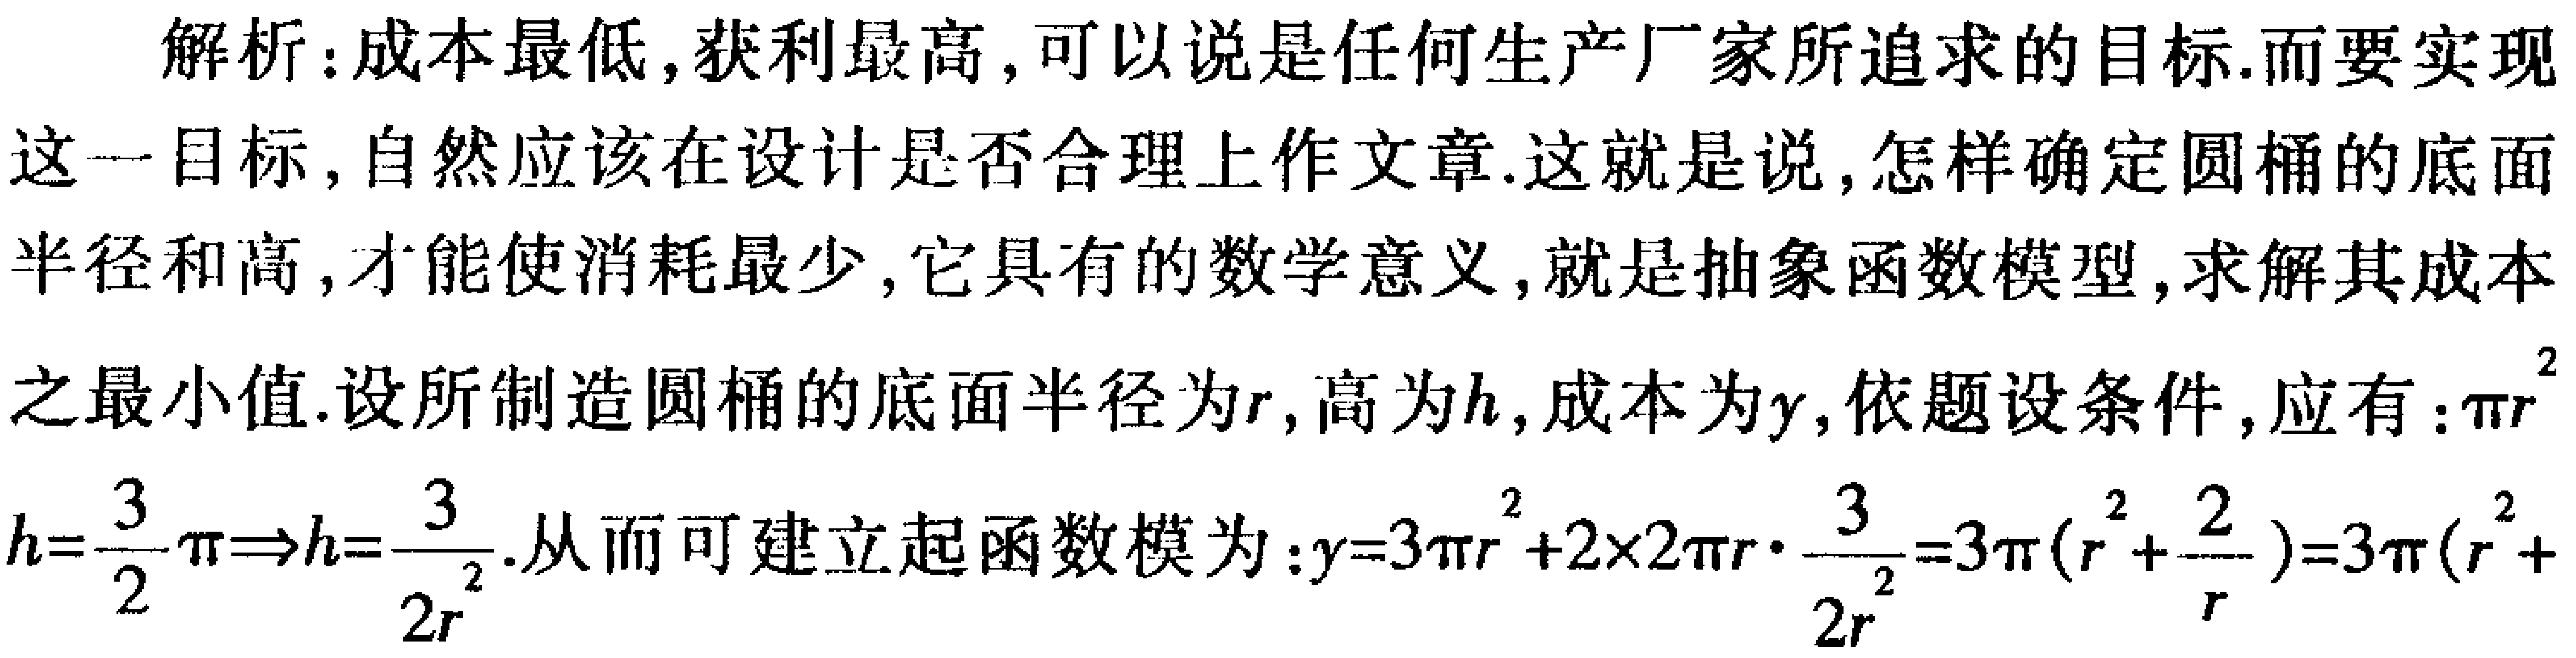
解析：成本最低,获利最高,可以说是任何生产厂家所追求的目标.而要实现
这一目标,自然应该在设计是否合理上作文章.这就是说,怎样确定圆桶的底面
半径和高,才能使消耗最少,它具有的数学意义,就是抽象函数模型,求解其成本
之最小值.设所制造圆桶的底面半径为\(r\),高为\(h\),成本为\(y\),依题设条件,应有：\(\pi r^{2}\)
\(h = \frac{3}{2}\pi\Rightarrow h=\frac{3}{2r^{2}}\).从而可建立起函数模为：\(y = 3\pi r^{2}+2\times2\pi r\cdot\frac{3}{2r^{2}}=3\pi(r^{2}+\frac{2}{r})=3\pi(r^{2}+\)